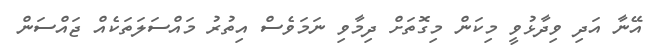
އޭނާ އަދި ވިދާޅުވީ މިކަން މިގޮތަށް ދިމާވި ނަމަވެސް އިތުރު މައްސަލަތަކެއް ޖައްސަން